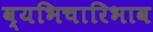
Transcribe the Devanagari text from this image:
व्यभिचारिभाव